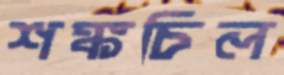
শঙ্কচিল